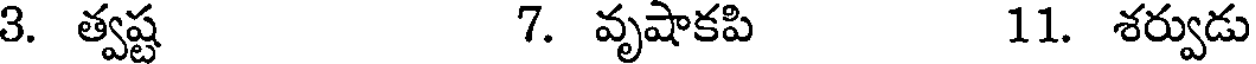
3. త్వష్ట 7. వృషాకపి 11. శర్వుడు